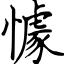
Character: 懅